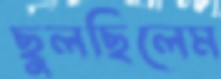
ছুলছিলেম